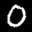
Label: 0